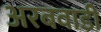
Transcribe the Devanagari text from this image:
अरबवाडी